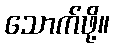
သောက်ဖို့။